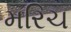
મરિચ